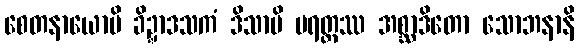
စေတနာယောပိ ခိဍ္ဍာဒသကံ ဒိသာပိ ပရတ္ထဿ အစ္ဆာဒိတော သောဘနာနိ